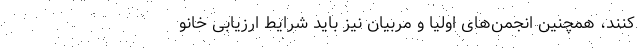
کنند، همچنین انجمن‌های اولیا و مربیان نیز باید شرایط ارزیابی خانو